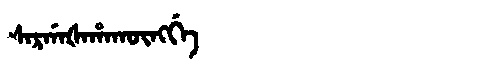
Manchu: ᠰᠠᡵᡤᠠᡧᠠᡥᠠᡴᡡᠩᡤᡝ
Romanization: SARGAŠAHAKŪNGGE